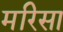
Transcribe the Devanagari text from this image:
मरिसा